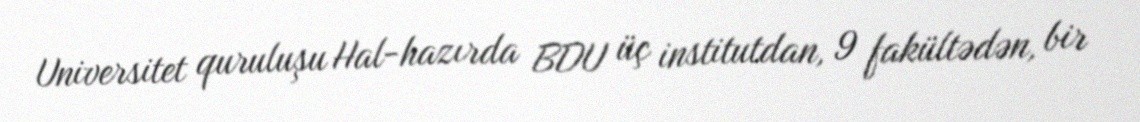
Universitet quruluşu Hal-hazırda BDU üç institutdan, 9 fakültədən, bir